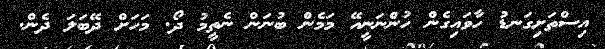
އިސްތަށިގަނޑު ހާވައިގެން ހުންނަނީއޭ މަމެން ބުނަން ނެތީމު ދޯ. މަހަށް ދޭބަލަ ދެން.